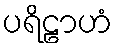
ပရိဠာဟံ